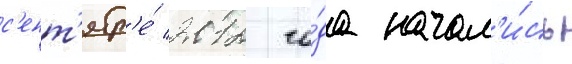
с'ент'ябр'е́ 2012 го́да начал'и́сь